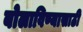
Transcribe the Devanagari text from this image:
बोलाविण्यासाठी